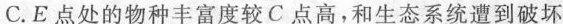
C.E点处的物种丰富度较C点高，和生态系统遭到破坏